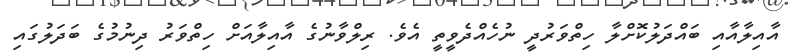
އާއިލާއާއި ބައްދަލުކޮށްލާ ހިތްވަރުދީ ނުހެއްދެވީތީ އެވެ. ރިލްވާނުގެ އާއިލާއަށް ހިތްވަރު ދިނުމުގެ ބަދަލުގައި